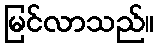
မြင်လာသည်။